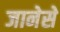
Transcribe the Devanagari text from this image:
जानेसे